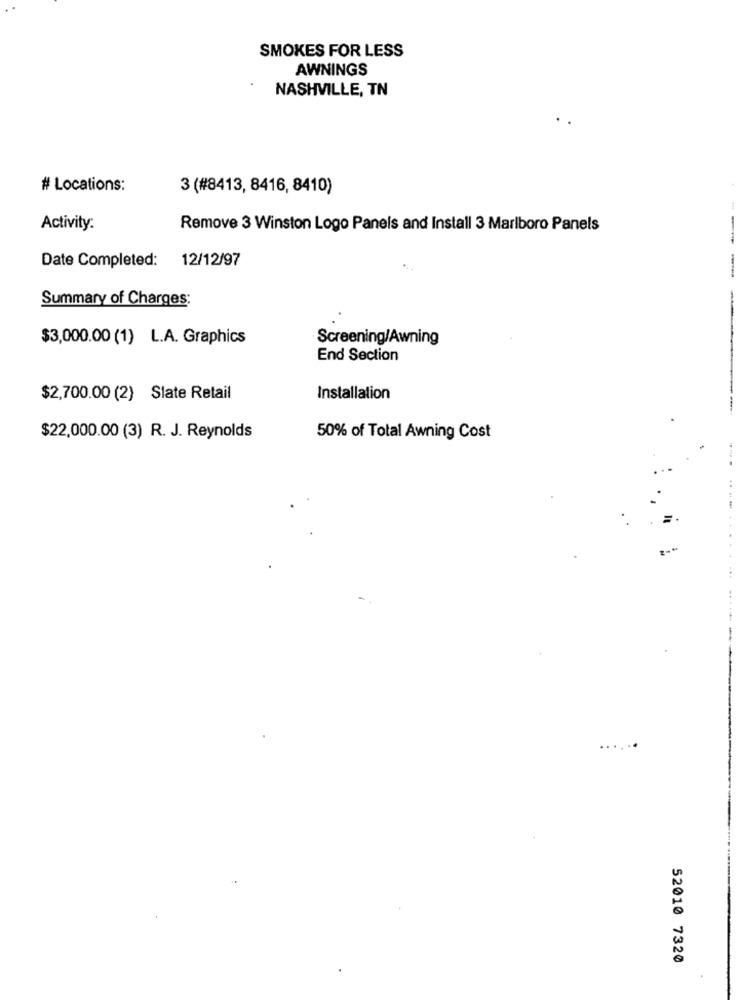
SMOKES FOR LESS
AWNINGS
NASHVILLE, TN
# Locations:
3 (#8413, 8416, 8410)
Activity:
Remove 3 Winston Logo Panels and Install 3 Marlboro Panels
Date Completed: 12/12/97
Summary of Charges:
$3,000.00 (1) L.A. Graphics
Screening/Awning
End Section
$2,700.00 (2) Slate Retail
Installation
$22,000.00 (3) R. J. Reynolds
50% of Total Awning Cost
...
52010 7320